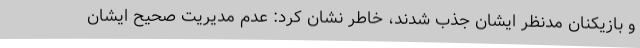
و بازیکنان مدنظر ایشان جذب شدند، خاطر نشان کرد: عدم مدیریت صحیح ایشان